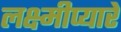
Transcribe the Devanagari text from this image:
लक्ष्मीप्यारे